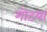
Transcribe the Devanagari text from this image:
गोटया